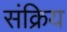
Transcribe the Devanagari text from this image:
संक्रिय